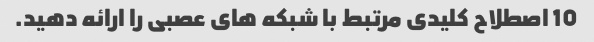
10 اصطلاح کلیدی مرتبط با شبکه های عصبی را ارائه دهید.